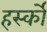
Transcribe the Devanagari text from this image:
हर्स्को